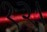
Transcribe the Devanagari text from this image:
१२।